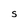
Character: S